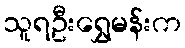
သူရဦးရွှေမန်းက